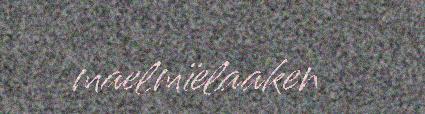
maelmïelaaken